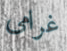
غرامى